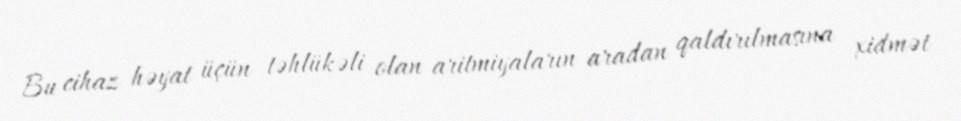
Bu cihaz həyat üçün təhlükəli olan aritmiyaların aradan qaldırılmasına xidmət